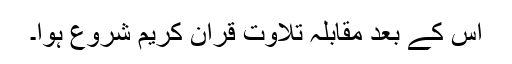
اس کے بعد مقابلہ تلاوت قرآن کریم شروع ہوا۔